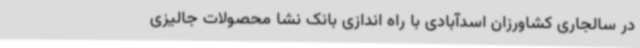
در سالجاری کشاورزان اسدآبادی با راه اندازی بانک نشا محصولات جالیزی